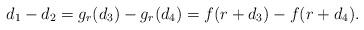
LaTeX: \begin{align*}d_1-d_2 = g_r(d_3) - g_r(d_4)=f(r+d_3) - f(r+d_4).\end{align*}